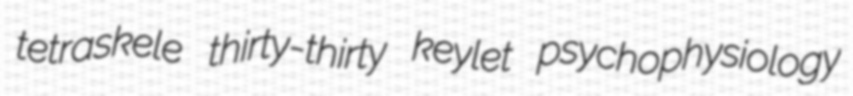
tetraskele thirty-thirty keylet psychophysiology